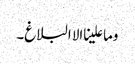
وما علینا الا البلاغ۔